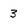
Character: 3